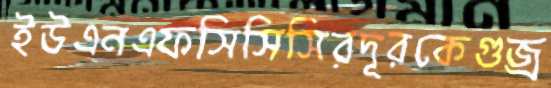
ইউএনএফসিসিসিরদূরকেগুজ্‌র